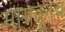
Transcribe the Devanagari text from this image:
मागवूनच